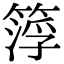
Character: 𥰛